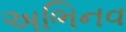
અભિનવ